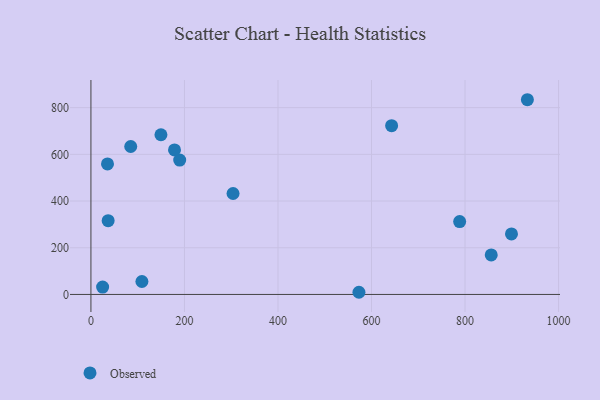
{"axis": {"x": "Engine Size", "y": "Demand"}, "legend": ["Observed"], "data": [{"x": "573.1", "y": 9.3, "type": "Observed"}, {"x": "149.7", "y": 683.9, "type": "Observed"}, {"x": "899.3", "y": 259.0, "type": "Observed"}, {"x": "189.8", "y": 575.4, "type": "Observed"}, {"x": "109.0", "y": 55.4, "type": "Observed"}, {"x": "788.5", "y": 312.2, "type": "Observed"}, {"x": "643.0", "y": 722.7, "type": "Observed"}, {"x": "856.0", "y": 169.4, "type": "Observed"}, {"x": "85.1", "y": 633.6, "type": "Observed"}, {"x": "933.3", "y": 833.9, "type": "Observed"}, {"x": "178.7", "y": 618.8, "type": "Observed"}, {"x": "25.0", "y": 31.6, "type": "Observed"}, {"x": "303.9", "y": 432.2, "type": "Observed"}, {"x": "36.8", "y": 316.1, "type": "Observed"}, {"x": "35.4", "y": 558.9, "type": "Observed"}]}